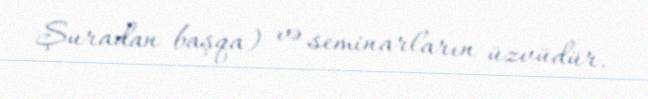
Şuradan başqa) və seminarların üzvüdür.